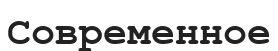
Современное